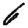
Digit: 6